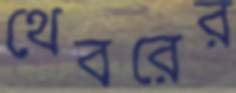
থেবরের